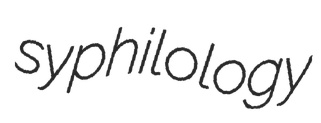
syphilology